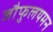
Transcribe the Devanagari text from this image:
जौफुलयमन